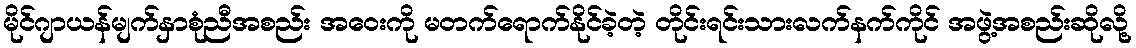
မိုင်ဂျာယန်မျက်နှာစုံညီအစည်း အဝေးကို မတက်ရောက်နိုင်ခဲ့တဲ့ တိုင်းရင်းသားလက်နက်ကိုင် အဖွဲ့အစည်းဆိုလို့